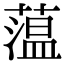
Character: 蕰